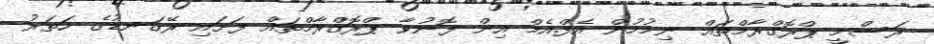
ރަސްމީ ޕްރޮގްރާމްތައް ނިމުމުން އެފް.އެމް އިން ފޮނުވާ ޕްރޮގްރާމްތައް ފަށައި ރޭގަނޑުގެ ހަތަރު